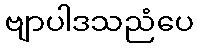
ဗျာပါဒသညံပေ